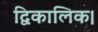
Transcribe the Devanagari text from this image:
द्विकालिक।